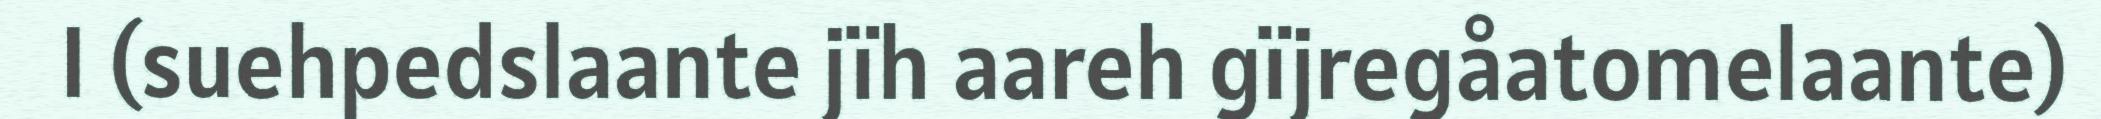
I (suehpedslaante jïh aareh gïjregåatomelaante)